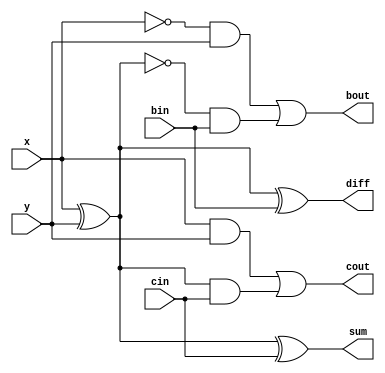
module full_adder_subtractor(input x, y , input bin, cin, output sum, diff, output cout, bout);

assign sum = x ^ y ^ cin;
assign diff = x ^ y ^ bin;
assign cout = (x & y) | ((x ^ y) & cin);
assign bout = ((~x) & y) | ((~(x ^ y)) & bin);

endmodule